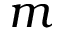
m